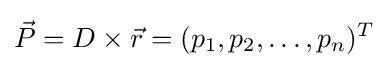
{\vec {P}}=D\times {\vec {r}}=(p_{1},p_{2},\dots ,p_{n})^{T}